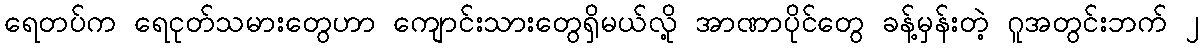
ရေတပ်က ရေငုတ်သမားတွေဟာ ကျောင်းသားတွေရှိမယ်လို့ အာဏာပိုင်တွေ ခန့်မှန်းတဲ့ ဂူအတွင်းဘက် ၂